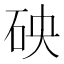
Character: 𥑞